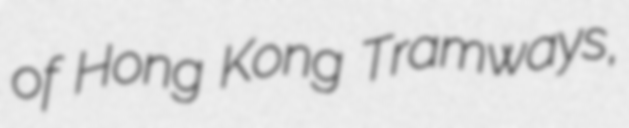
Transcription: of Hong Kong Tramways,